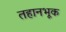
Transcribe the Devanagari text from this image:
तहानभूक